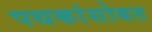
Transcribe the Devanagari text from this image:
पथकांसोबत